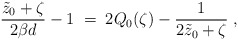
\begin{align*}{\tilde{z}_0+\zeta\over 2\beta d}-1\;=\;2Q_0(\zeta)-{1\over 2\tilde{z}_0+\zeta}\;,\end{align*}